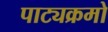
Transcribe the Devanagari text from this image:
पाट्यक्रमो